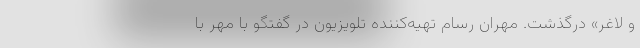
و لاغر» درگذشت. مهران رسام تهیه‌کننده تلویزیون در گفتگو با مهر با